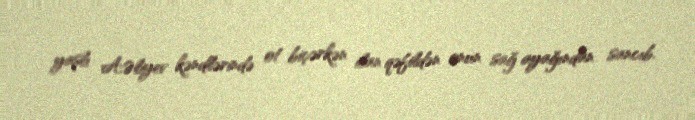
yaşlı A.Əliyev kəndlərində ot biçərkən ilan qəfildən onun sağ ayağından sancıb.